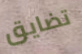
تضايق